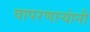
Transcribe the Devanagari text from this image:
वापरणार्‍यांनी